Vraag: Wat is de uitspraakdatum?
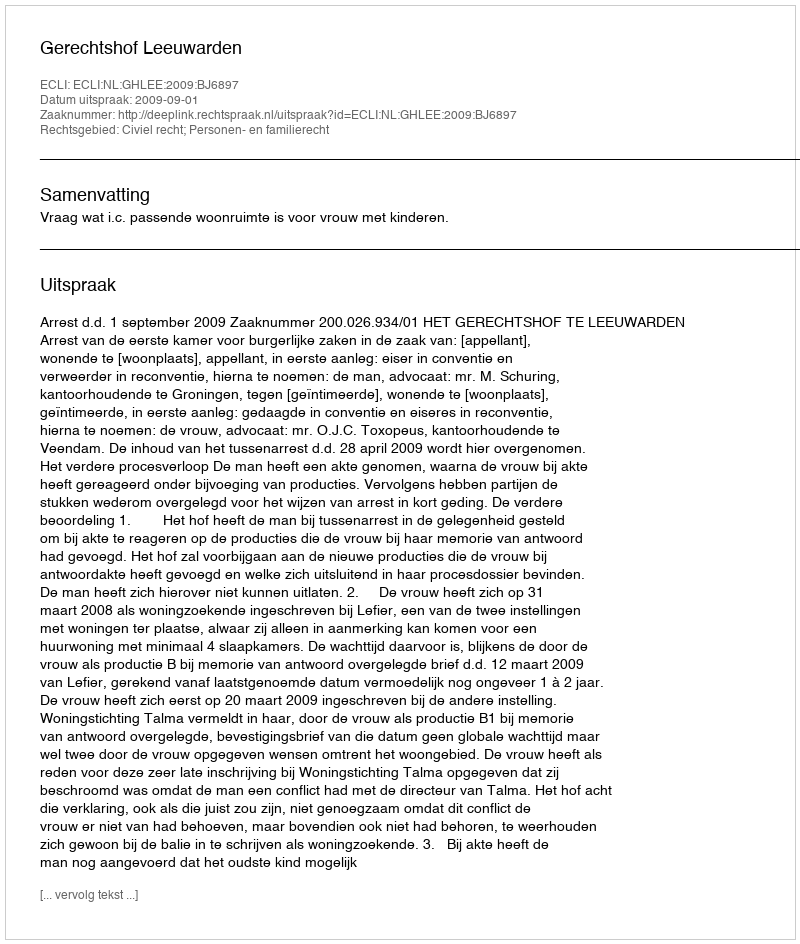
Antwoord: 2009-09-01